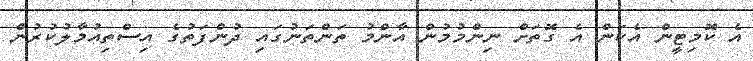
އެ ކޮމިޓީން އެކަން އެ ގޮތަށް ނިންމުމުން އާންމު ތަންތަނުގައި ދުންފަތުގެ އިސްތިއުމާލުކުރުން